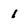
Character: 1